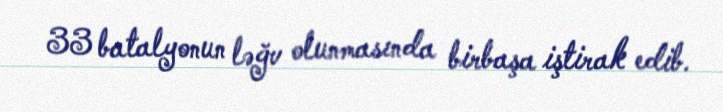
33 batalyonun ləğv olunmasında birbaşa iştirak edib.